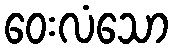
ဝေးလံသော